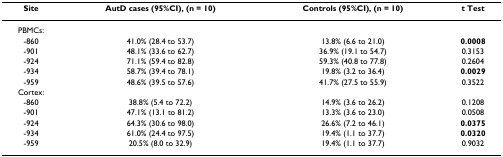
<table><thead><tr><td><b>Site</b></td><td><b>AutD cases (95%CI), (n = 10)</b></td><td><b>Controls (95%CI), (n = 10)</b></td><td><b>t Test</b></td></tr></thead><tbody><tr><td>PBMCs:</td><td></td><td></td><td></td></tr><tr><td>-860</td><td>41.0% (28.4 to 53.7)</td><td>13.8% (6.6 to 21.0)</td><td><b>0.0008</b></td></tr><tr><td>-901</td><td>48.1% (33.6 to 62.7)</td><td>36.9% (19.1 to 54.7)</td><td>0.3153</td></tr><tr><td>-924</td><td>71.1% (59.4 to 82.8)</td><td>59.3% (40.8 to 77.8)</td><td>0.2604</td></tr><tr><td>-934</td><td>58.7% (39.4 to 78.1)</td><td>19.8% (3.2 to 36.4)</td><td><b>0.0029</b></td></tr><tr><td>-959</td><td>48.6% (39.5 to 57.6)</td><td>41.7% (27.5 to 55.9)</td><td>0.3522</td></tr><tr><td>Cortex:</td><td></td><td></td><td></td></tr><tr><td>-860</td><td>38.8% (5.4 to 72.2)</td><td>14.9% (3.6 to 26.2)</td><td>0.1208</td></tr><tr><td>-901</td><td>47.1% (13.1 to 81.2)</td><td>13.3% (3.6 to 23.0)</td><td>0.0508</td></tr><tr><td>-924</td><td>64.3% (30.6 to 98.0)</td><td>26.6% (7.2 to 46.1)</td><td><b>0.0375</b></td></tr><tr><td>-934</td><td>61.0% (24.4 to 97.5)</td><td>19.4% (1.1 to 37.7)</td><td><b>0.0320</b></td></tr><tr><td>-959</td><td>20.5% (8.0 to 32.9)</td><td>19.4% (1.1 to 37.7)</td><td>0.9032</td></tr></tbody></table>